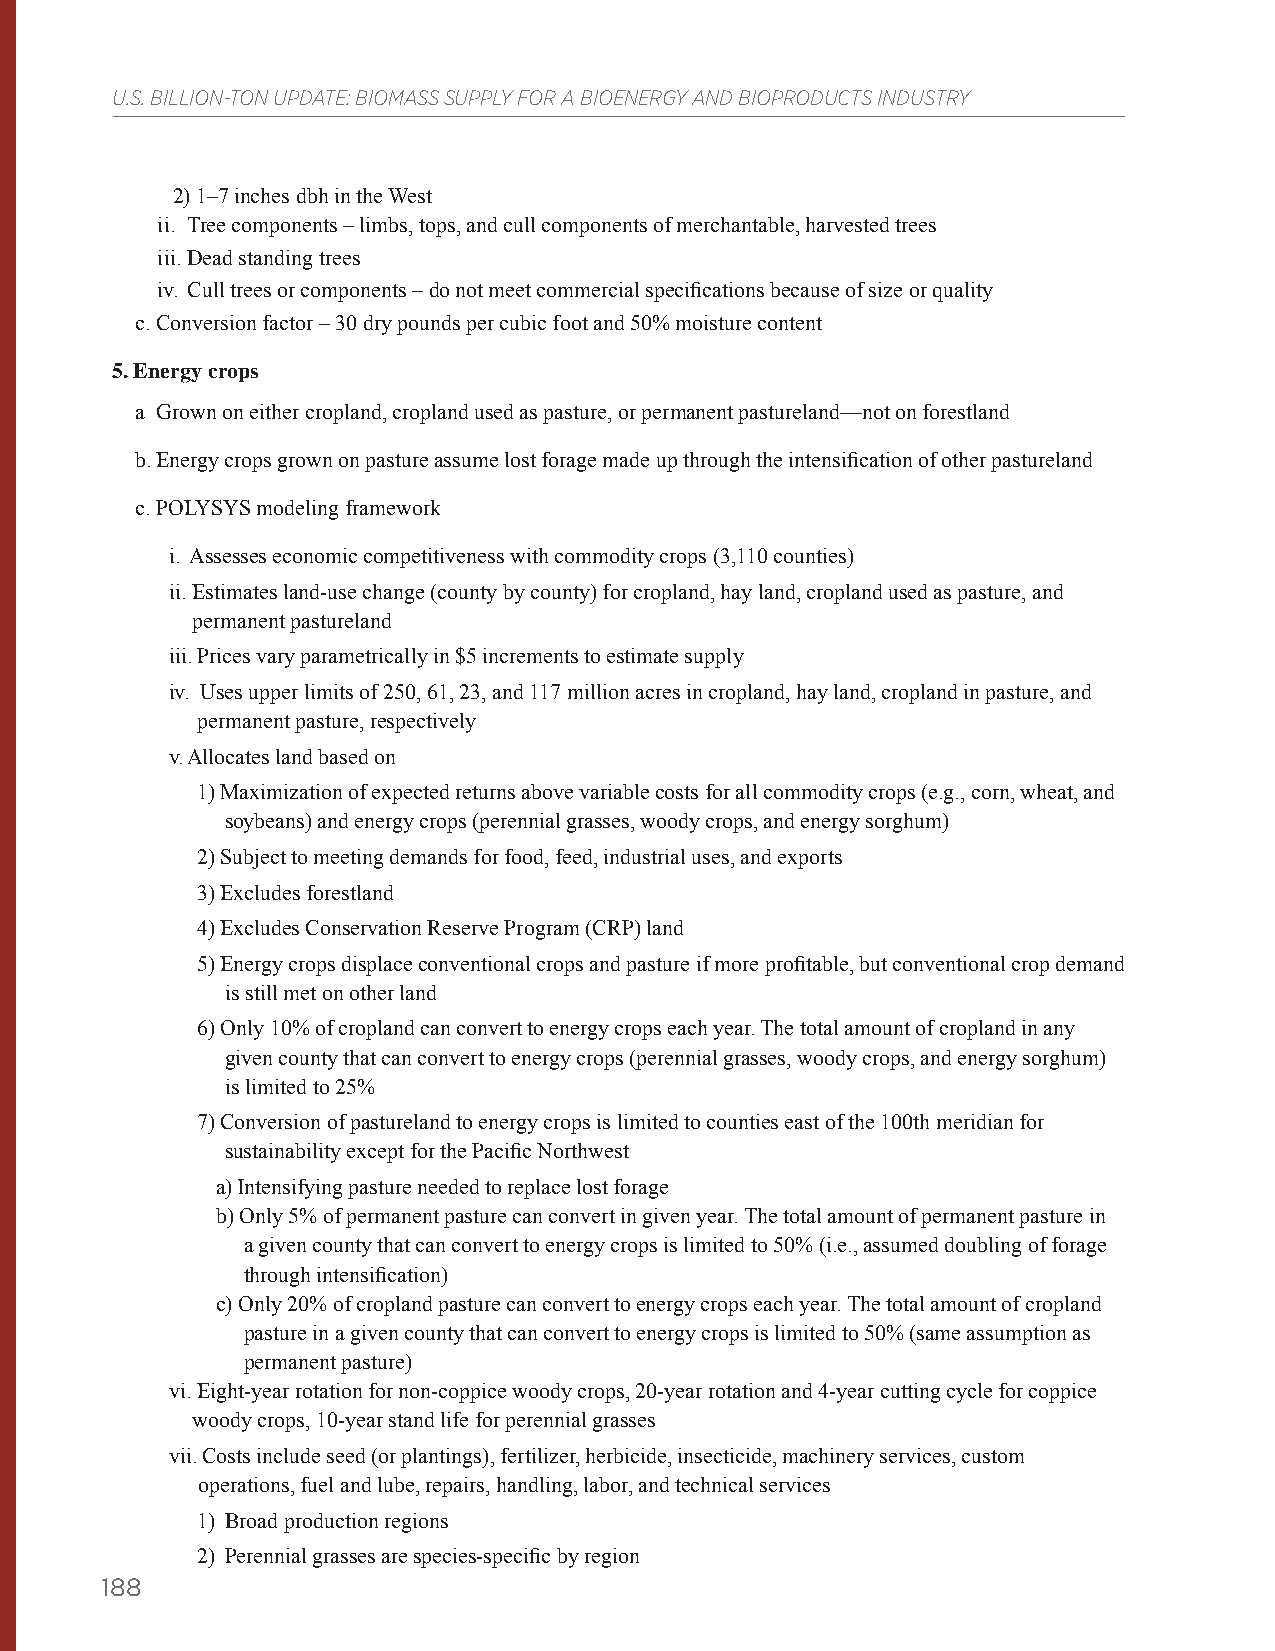
U.S. BILLION-TON UPDATE: BIOMASS SUPPLY FOR A BIOENERGY AND BIOPRODUCTS INDUSTRY
 2) 1–7 inches dbh in the West
 ii. Tree components – limbs, tops, and cull components of merchantable, harvested trees
 iii. Dead standing trees
 iv. Cull trees or components – do not meet commercial specifications because of size or quality
 c. Conversion factor – 30 dry pounds per cubic foot and 50% moisture content
 5. Energy crops
 a Grown on either cropland, cropland used as pasture, or permanent pastureland—not on forestland
 b. Energy crops grown on pasture assume lost forage made up through the intensification of other pastureland
 c. POLYSYS modeling framework
 i. Assesses economic competitiveness with commodity crops (3,110 counties)
 ii. Estimates land-use change (county by county) for cropland, hay land, cropland used as pasture, and
 permanent pastureland
 iii. Prices vary parametrically in $5 increments to estimate supply
 iv. Uses upper limits of 250, 61, 23, and 117 million acres in cropland, hay land, cropland in pasture, and
 permanent pasture, respectively
 v. Allocates land based on
 1) Maximization of expected returns above variable costs for all commodity crops (e.g., corn, wheat, and
 soybeans) and energy crops (perennial grasses, woody crops, and energy sorghum)
 2) Subject to meeting demands for food, feed, industrial uses, and exports
 3) Excludes forestland
 4) Excludes Conservation Reserve Program (CRP) land
 5) Energy crops displace conventional crops and pasture if more profitable, but conventional crop demand
 is still met on other land
 6) Only 10% of cropland can convert to energy crops each year. The total amount of cropland in any
 given county that can convert to energy crops (perennial grasses, woody crops, and energy sorghum)
 is limited to 25%
 7) Conversion of pastureland to energy crops is limited to counties east of the 100th meridian for
 sustainability except for the Pacific Northwest
 a) Intensifying pasture needed to replace lost forage
 b) Only 5% of permanent pasture can convert in given year. The total amount of permanent pasture in
 a given county that can convert to energy crops is limited to 50% (i.e., assumed doubling of forage
 through intensification)
 c) Only 20% of cropland pasture can convert to energy crops each year. The total amount of cropland
 pasture in a given county that can convert to energy crops is limited to 50% (same assumption as
 permanent pasture)
 vi. Eight-year rotation for non-coppice woody crops, 20-year rotation and 4-year cutting cycle for coppice
 woody crops, 10-year stand life for perennial grasses
 vii. Costs include seed (or plantings), fertilizer, herbicide, insecticide, machinery services, custom
 operations, fuel and lube, repairs, handling, labor, and technical services
 1) Broad production regions
 2) Perennial grasses are species-specific by region
 188